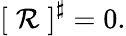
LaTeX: \left[\; \mathcal{R}\; \right]^{\sharp}=0.